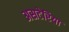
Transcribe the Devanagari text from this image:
असटेरिया